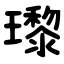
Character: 瓈